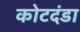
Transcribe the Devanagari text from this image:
कोटदंडा